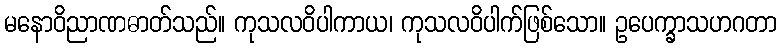
မနောဝိညာဏဓာတ်သည်။ ကုသလဝိပါကာယ၊ ကုသလဝိပါက်ဖြစ်သော။ ဥပေက္ခာသဟဂတာ